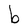
Character: b